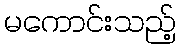
မကောင်းသည့်